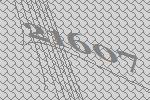
21607